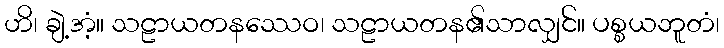
ဟိ၊ ချဲ့အံ့။ သဠာယတနဿေဝ၊ သဠာယတန၏သာလျှင်။ ပစ္စယဘူတံ၊